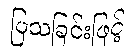
ပြသခြင်းဖြင့်